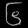
Digit: ၆